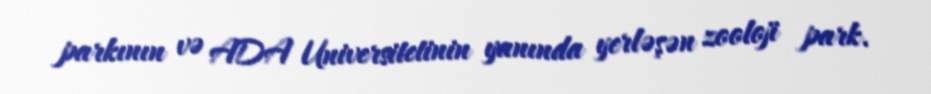
parkının və ADA Universitetinin yanında yerləşən zooloji park.